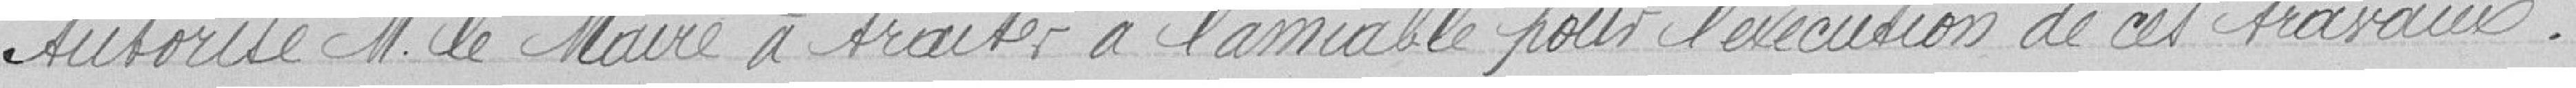
Autorise M. le Maire à traiter à l'amiable pour l'exécution de ces travaux.